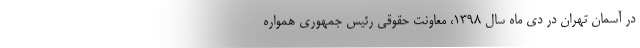
در آسمان تهران در دی ماه سال ۱۳۹۸، معاونت حقوقی رئیس جمهوری همواره